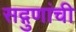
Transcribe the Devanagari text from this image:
सद्गुणांची